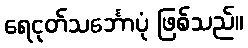
ရေငုတ်သင်္ဘောပုံ ဖြစ်သည်။